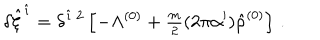
LaTeX: \delta \hat { \xi } ^ { \hat { \imath } } = \delta ^ { \hat { \imath } \ 2 } \left[ - \Lambda ^ { ( 0 ) } + { \textstyle \frac { m } { 2 } } ( 2 \pi \alpha ^ { \prime } ) \hat { \rho } ^ { ( 0 ) } \right] \, .